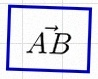
\vec{AB}